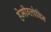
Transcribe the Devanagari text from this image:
हेमीग्लोबिन